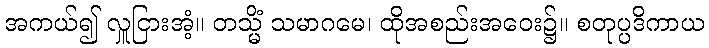
အကယ်၍ လှူငြားအံ့။ တသ္မိံ သမာဂမေ၊ ထိုအစည်းအဝေး၌။ စတုပ္ပဒိကာယ